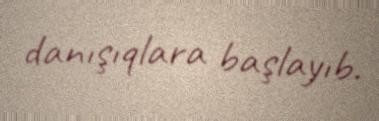
danışıqlara başlayıb.